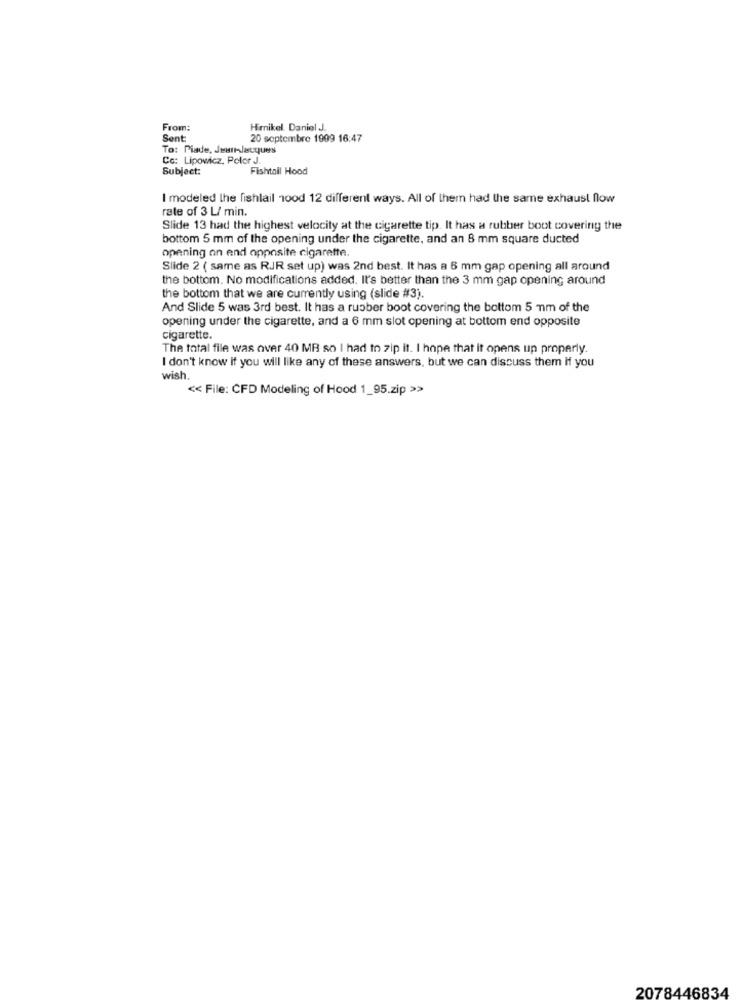
From:
Hirnikel Daniel J.
Sent
20 septembre 1999 16:47
To: Piade, Jean-Jacques
Co: Lipowicz, Peter J.
Subject:
Fishtail Hood
I modeled the fishlail 100d 12 different ways. All of them had the same exhaust flow
rate of 3 L/ min.
Slide 13 had the highest velocity at the cigarette tip. It has a rubber boot covering the
bottom 5 mm of the opening under the cigarette, and an 8 mm square ducted
opening an end opposite cigarette.
Slide 2 ( same as RJR set up) was 2nd best. It has a 6 mm gap opening all around
the bottom. No modifications added. It's better than the 3 mm gap opening around
the bottom that we are currently using (slide #3).
And Slide 5 was 3rd best. It has a rubber boot covering the bottom 5 mm of the
opening under the cigarette, and a 6 mm slot opening at bottom end opposite
cigarette.
The total file was over 40 MB so I had to zip it. I hope that it opens up properly.
I don't know if you will like any of these answers, but we can discuss them If you
wish.
<< File: CFD Modeling of Hood 1_95.zip >>
2078446834